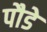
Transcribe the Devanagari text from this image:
पौडे